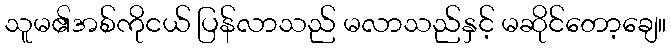
သူမ၏အစ်ကိုငယ် ပြန်လာသည် မလာသည်နှင့် မဆိုင်တော့ချေ။